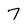
Character: 7